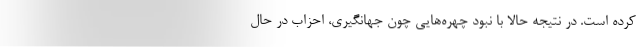
کرده است. در نتیجه حالا با نبود چهره‌هایی چون جهانگیری، احزاب در حال